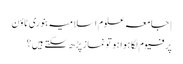
| جامعہ علوم اسلامیہ بنوری ٹاؤن
پرفیوم لگا ہوا ہو تو نماز پڑھ سکتے ہیں؟